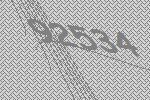
92534